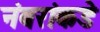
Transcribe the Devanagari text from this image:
नंबरांकडे